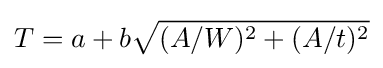
T=a+b{\sqrt {(A/W)^{2}+(A/t)^{2}}}